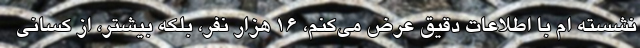
نشسته ام با اطلاعات دقیق عرض می‌کنم، ۱۶ هزار نفر، بلکه بیشتر، از کسانی